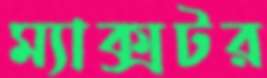
ম্যাক্সটর